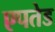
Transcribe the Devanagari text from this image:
एपतेड